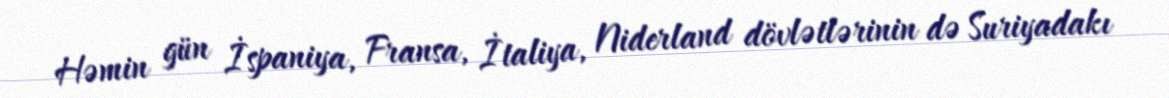
Həmin gün İspaniya, Fransa, İtaliya, Niderland dövlətlərinin də Suriyadakı